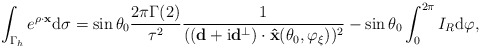
\begin{align*} \begin{aligned} \int_{\Gamma_h}e^{\rho \cdot \mathbf x}\mathrm d\sigma &=\sin\theta_0\frac{2\pi\Gamma(2)}{\tau^2}\frac{1}{((\mathbf d+\mathrm i\mathbf d^{\perp})\cdot \mathbf{ \hat{x}}(\theta_0,\varphi_\xi))^2}-\sin\theta_0\int_{0}^{2\pi}I_{R}\mathrm d\varphi, \end{aligned} \end{align*}